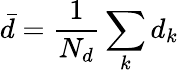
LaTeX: \bar{d}=\frac{1}{N_{d}}\sum_{k}d_{k}